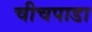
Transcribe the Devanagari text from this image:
चीचपाडा